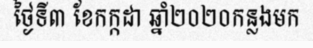
ថ្ងៃទី៣ ខែកក្កដា ឆ្នាំ២០២០កន្លងមក